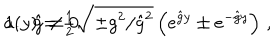
LaTeX: \mathbf { 1 . \, \, \, \, \hat { g } \neq 0 } \hspace { 4 c m } a ( y ) = { \textstyle \frac { 1 } { 2 } } \sqrt { \pm g ^ { 2 } / \hat { g } ^ { 2 } } \left( e ^ { \hat { g } y } \pm e ^ { - \hat { g } y } \right) \, , \hspace { 3 c m }